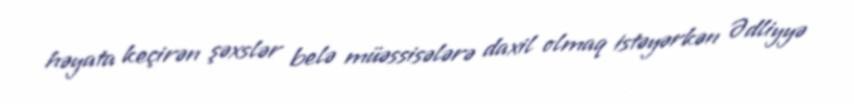
həyata keçirən şəxslər belə müəssisələrə daxil olmaq istəyərkən Ədliyyə